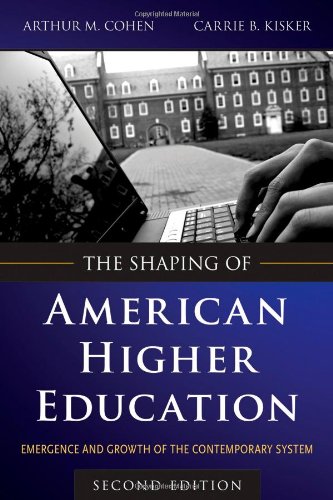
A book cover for The Shaping of American Higher Education: Emergence and Growth of the Contemporary System; Arthur M. Cohen; Education & Teaching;